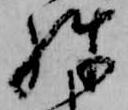
殊